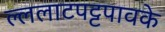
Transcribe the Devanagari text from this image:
ल्ललाटपट्टपावके